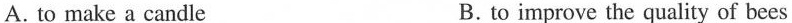
A. to make a candle B. to improve the quality of bees